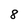
Character: 8